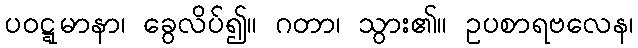
ပဝဋ္ဋမာနာ၊ ခွေလိပ်၍။ ဂတာ၊ သွား၏။ ဥပစာရဗလေန၊